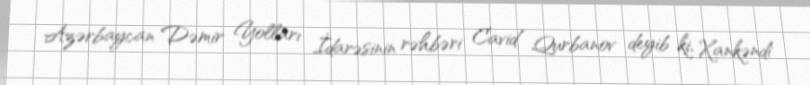
Azərbaycan Dəmir Yolları İdarəsinin rəhbəri Cavid Qurbanov deyib ki, Xankəndi